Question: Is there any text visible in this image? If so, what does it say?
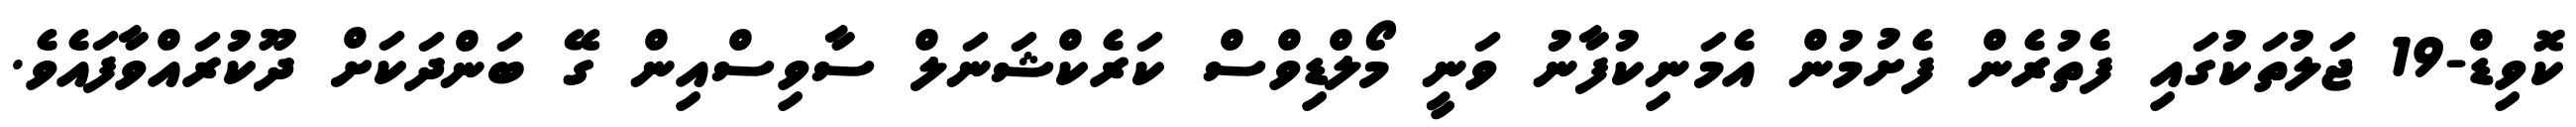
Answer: ކޮވިޑް-19 ޖަލުތަކުގައި ފެތުރެން ފެށުމުން އެމަނިކުފާނު ވަނީ މޯލްޑިވްސް ކަރެކްޝަނަލް ސާވިސްއިން ގޭ ބަންދަކަށް ދޫކުރައްވާފައެވެ.